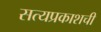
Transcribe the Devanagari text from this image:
सत्यप्रकाशची